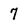
Character: 7